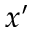
x ^ { \prime }